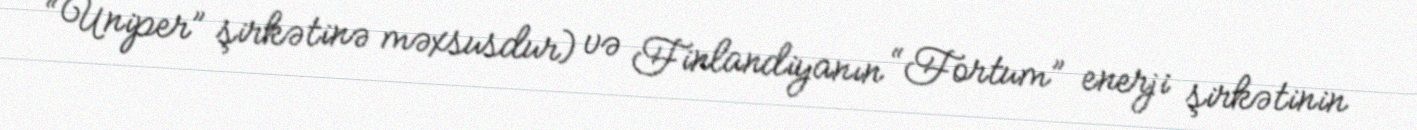
“Uniper” şirkətinə məxsusdur) və Finlandiyanın “Fortum” enerji şirkətinin